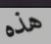
هذه